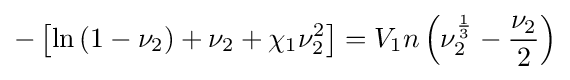
-\left[\ln {\left(1-\nu _{2}\right)}+\nu _{2}+\chi _{1}\nu _{2}^{2}\right]=V_{1}n\left(\nu _{2}^{\frac {1}{3}}-{\frac {\nu _{2}}{2}}\right)